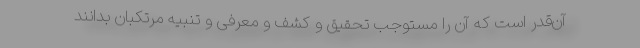
آ‌ن‌قدر است که آن را مستوجب تحقیق و کشف و معرفی و تنبیه مرتکبان بدانند